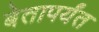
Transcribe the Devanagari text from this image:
बेतापर्यंत